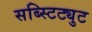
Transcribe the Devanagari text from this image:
सब्स्टिट्युट